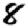
Digit: 8